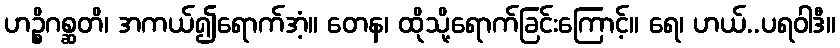
ဟဉ္စိဂစ္ဆတိ၊ အကယ်၍ရောက်အံ့။ တေန၊ ထိုသို့ရောက်ခြင်းကြောင့်။ ရေ၊ ဟယ်..ပရဝါဒီ။